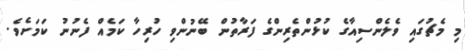
މި މެޗުގައި ވެލެންސިއާގެ ކުޅުންތެރިންގެ ފަރާތުން ބޭނުންވި ހުރިހާ ކަމެއް ފެނުނު ކަމަށެވެ.